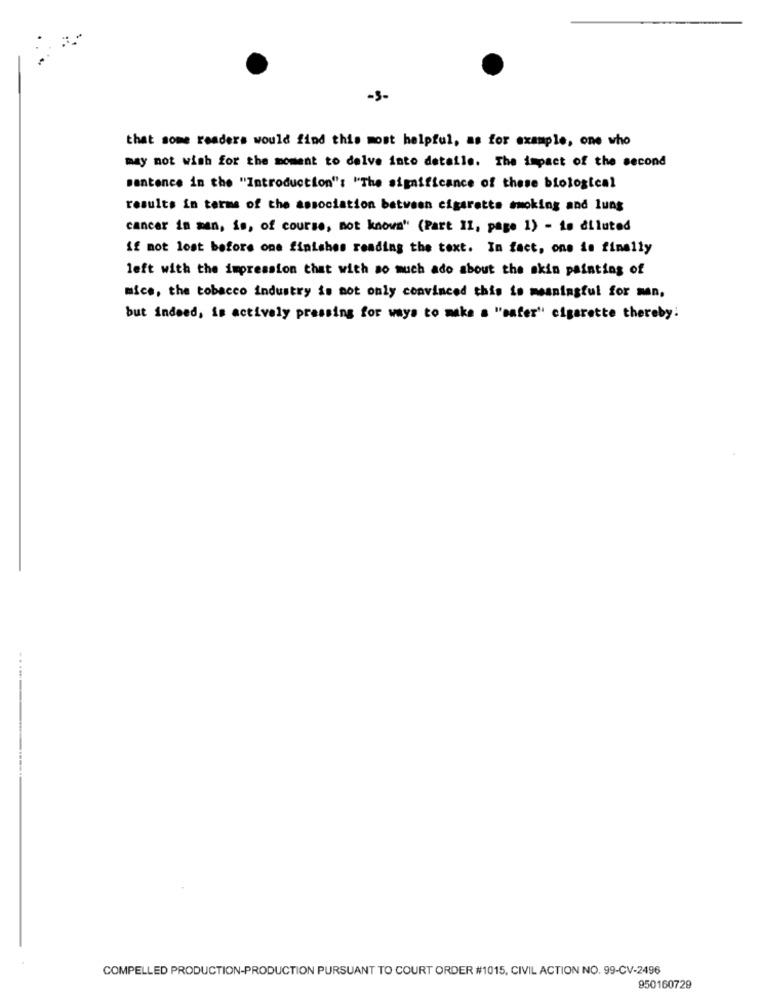
-3-
that some readers would find this most helpful, as for example, one who
may not wish for the moment to delve into detaile. The impact of the second
sentence in the "Introduction": "The significance of these biological
results in terms of the association between cigarette smoking and lung
cancer in man, is, of course, mot knows" (Part I1, page 1) - is diluted
If not lost before one finishes reading the text. In fact, one is finally
left with the impression that with so much ado about the skin painting of
mice, the tobacco industry is not only convinced this is meaningful for men,
but indeed, is actively pressing for ways to make a "safer" cigarette thereby:
......
COMPELLED PRODUCTION-PRODUCTION PURSUANT TO COURT ORDER #1015, CIVIL ACTION NO. 99-CV-2496
950160729